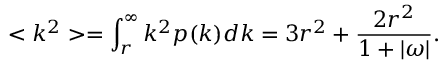
< k ^ { 2 } > = \int _ { r } ^ { \infty } k ^ { 2 } p ( k ) d k = 3 r ^ { 2 } + \frac { 2 r ^ { 2 } } { 1 + | \omega | } .